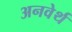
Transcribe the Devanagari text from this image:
अनवेर्थ